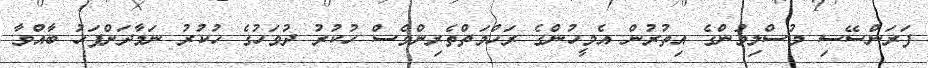
ފަރަންސޭސި މުސްލިމުންގެ އިތުރުން އެމީހުންގެ ރަހްމަތްތެރިންވެސް ހުކުރު ދުވަހުގެ ހުކުރު ނަމާދަށްފަހު ބާއްވާ